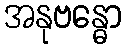
အနုဗန္ဓော